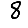
Digit: 8